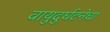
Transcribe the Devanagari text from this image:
वायुदुर्घटनेचा